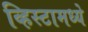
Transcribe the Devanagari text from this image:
व्हिस्टामध्ये